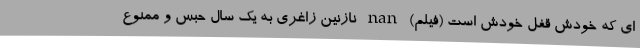
ای که خودش قفل خودش است (فیلم) nan نازنین زاغری به یک سال حبس و ممنوع